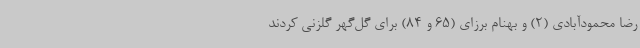
رضا محمودآبادی (2) و بهنام برزای (65 و 84) برای گل‌گهر گلزنی کردند